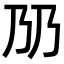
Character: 𬼅